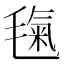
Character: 𣯘